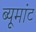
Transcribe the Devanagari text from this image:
ब्यूमांट